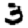
Digit: 3